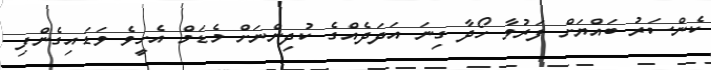
ކެންސަރު ބައްޔަށް ފަރުވާ ހޯދާ ގިނަ އަދަދެއްގެ ކުދިންނަށް މެޑަމް އެހީވެ ވަޑައިގެންފި